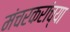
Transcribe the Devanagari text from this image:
मंचरकरांच्या